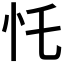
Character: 𢖲